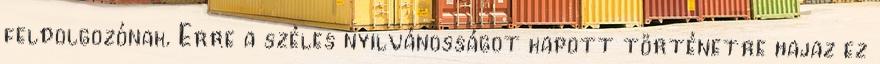
feldolgozónak. Erre a széles nyilvánosságot kapott történetre hajaz ez